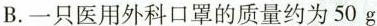
B.一只医用外科口罩的质量约为50g